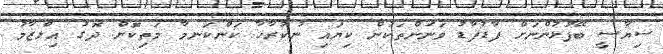
ސިޔާސީ ބޭފުޅުންނަށް ފާޑުފާޑު ވަނަންތަކުން ކިޔައި ނުކުރާހާ ކަންކަނމާ މަތިކޮށް ދޮގު އިލްޒާމު